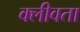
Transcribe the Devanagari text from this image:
क्लीवता